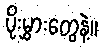
ပိုးမွှားတွေနဲ့။